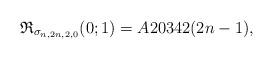
LaTeX: \begin{gather*}\mathfrak{R}_{\sigma_{n,2n,2,0}}(0;1) = A20342(2n-1),\end{gather*}